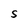
Character: S